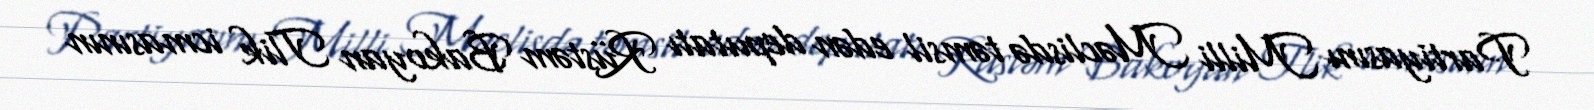
Partiyasını Milli Məclisdə təmsil edən deputatı Rüstəm Bakoyan Tlik icmasının